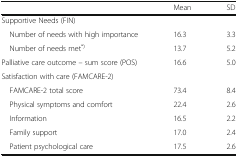
<table><thead><tr><td>[EMPTY_CELL]</td><td><b>Mean</b></td><td><b>SD</b></td></tr></thead><tbody><tr><td colspan="3">Supportive Needs (FIN)</td></tr><tr><td> Number of needs with high importance</td><td>16.3</td><td>3.3</td></tr><tr><td> Number of needs met<sup>*)</sup></td><td>13.7</td><td>5.2</td></tr><tr><td>Palliative care outcome – sum score (POS)</td><td>16.6</td><td>5.0</td></tr><tr><td colspan="3">Satisfaction with care (FAMCARE-2)</td></tr><tr><td> FAMCARE-2 total score</td><td>73.4</td><td>8.4</td></tr><tr><td> Physical symptoms and comfort</td><td>22.4</td><td>2.6</td></tr><tr><td> Information</td><td>16.5</td><td>2.2</td></tr><tr><td> Family support</td><td>17.0</td><td>2.4</td></tr><tr><td> Patient psychological care</td><td>17.5</td><td>2.6</td></tr></tbody></table>